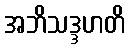
အဘိသဒ္ဒဟတိ